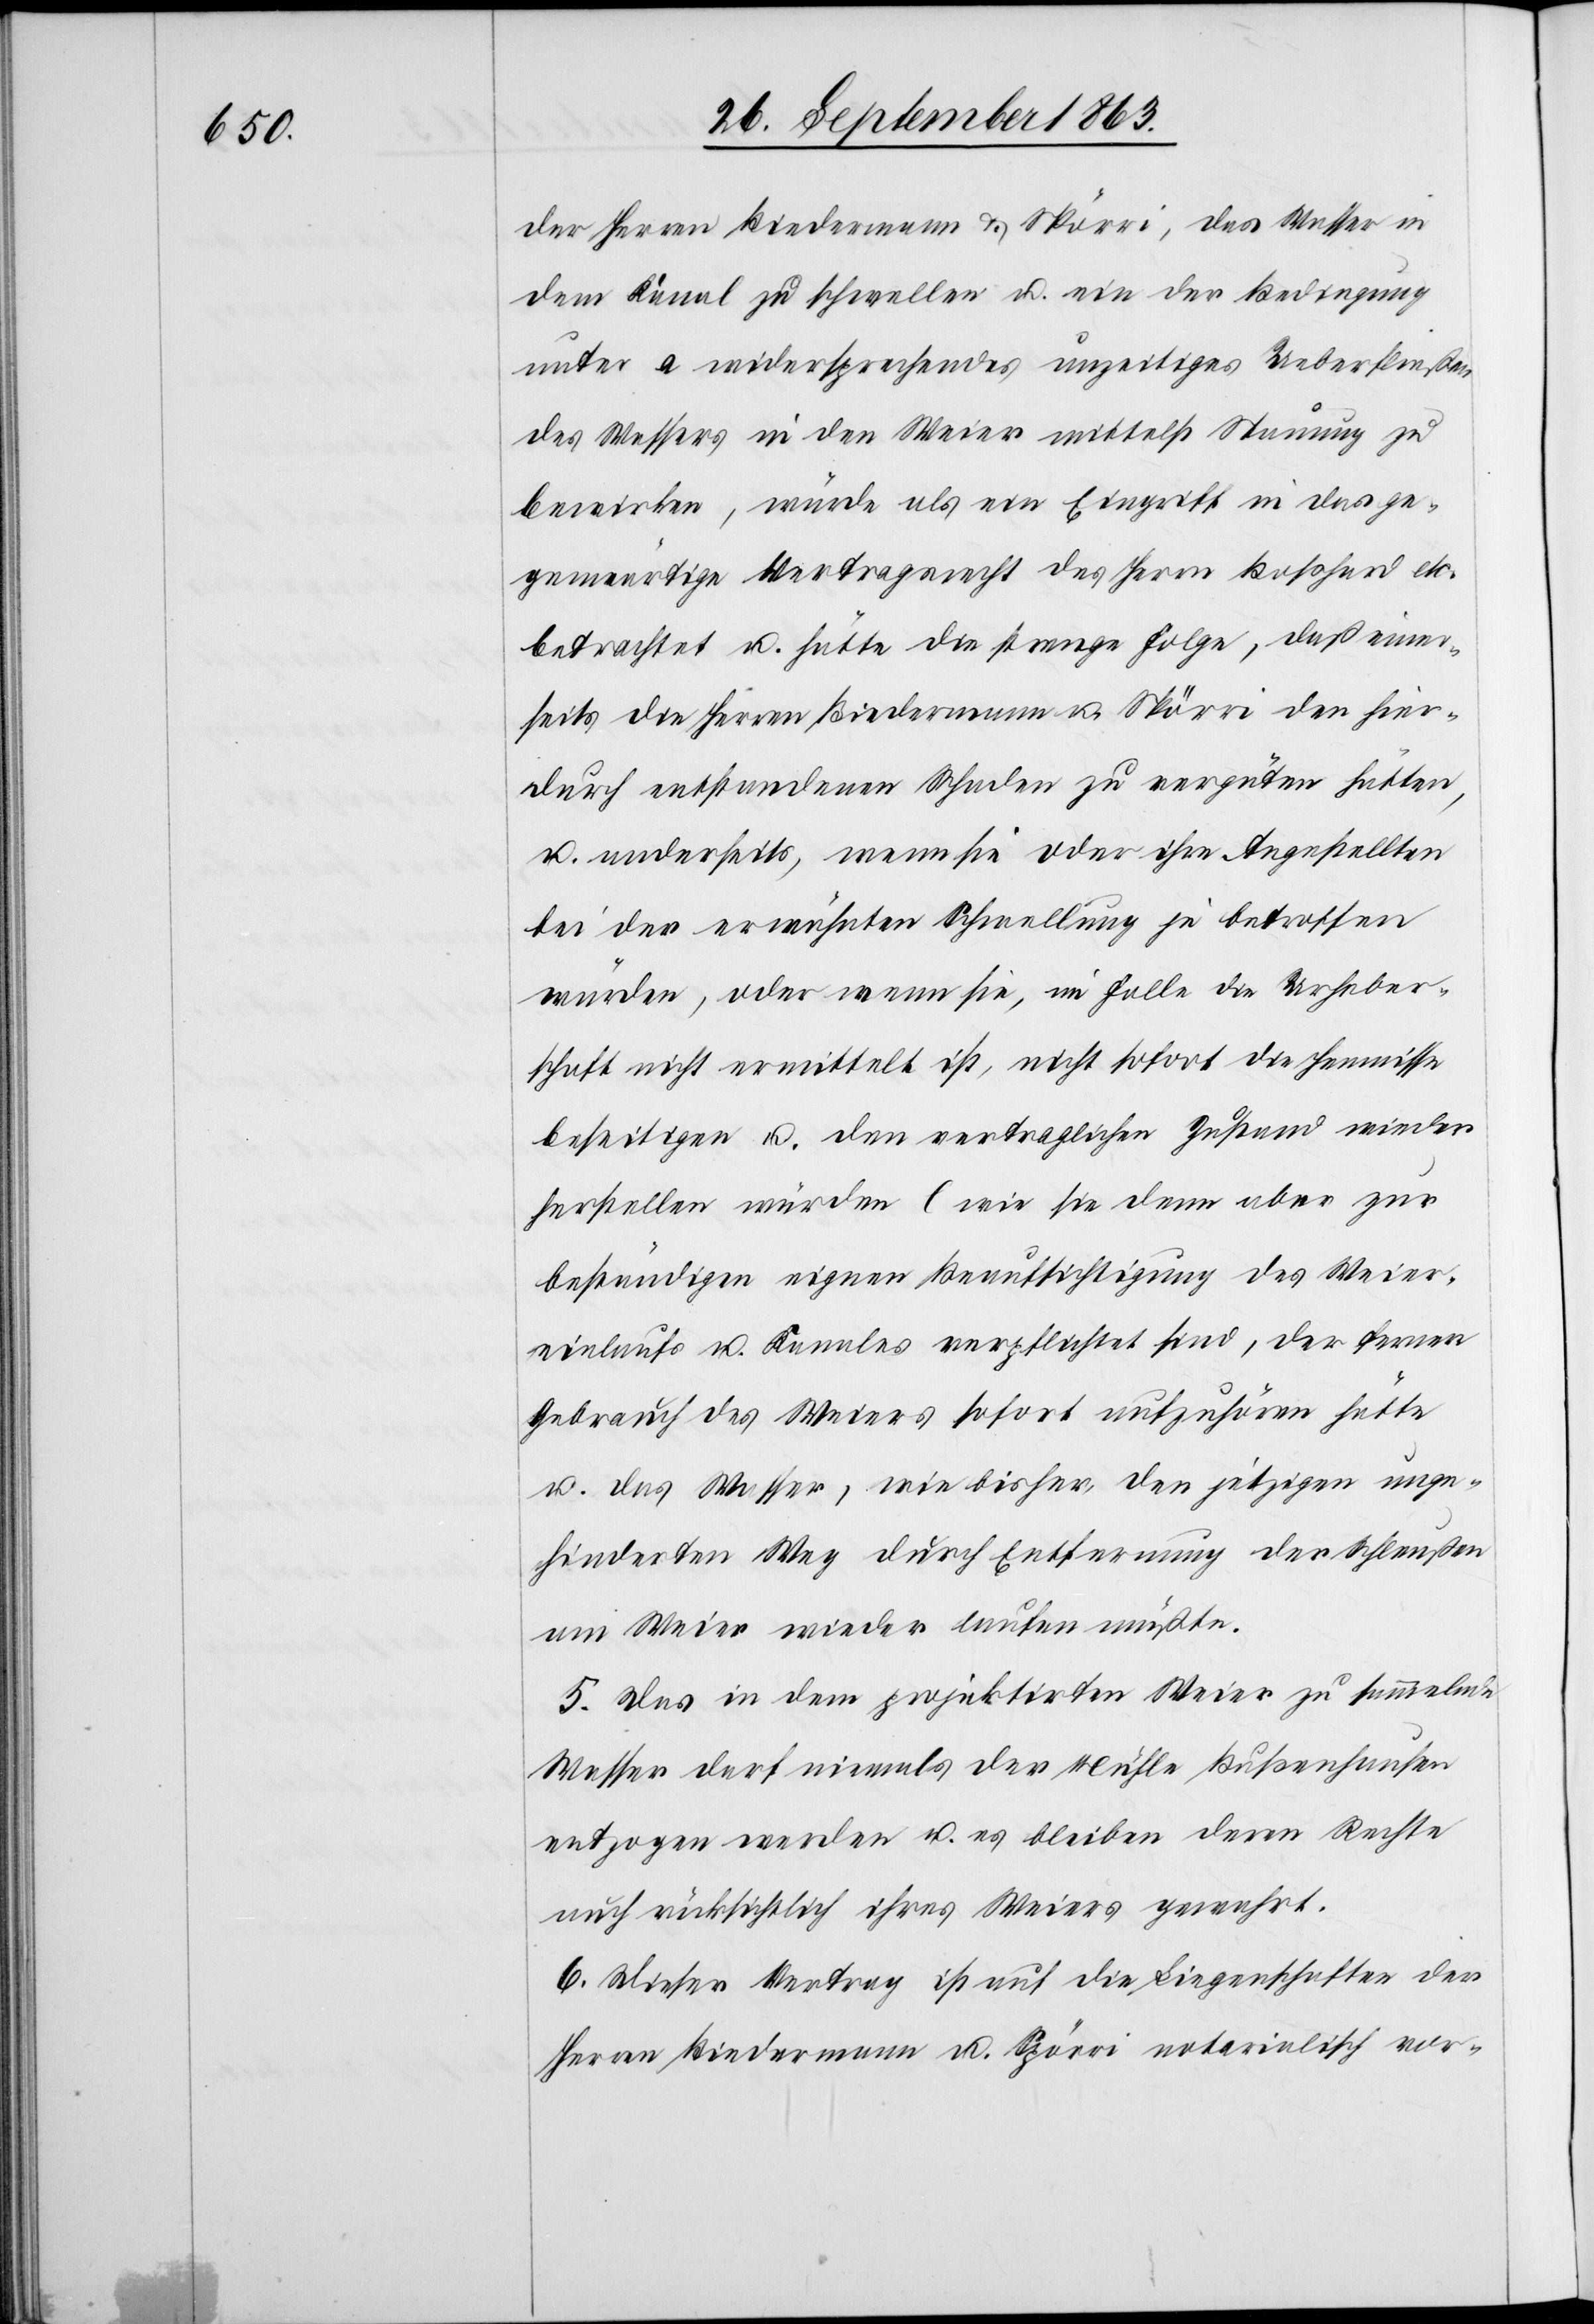
der Herren Biedermann & Spörri, das Wasser in
dem Kanal zu schwellen u. ein der Bedingung
unter a widersprechendes unzeitiges Ueberfließen
des Wassers in den Weier mittelst Stauung zu
bewirken, würde als ein Eingriff in das ge¬
genwärtige Vertragsrecht des Herrn Boßhard etc.
betrachtet u. hätte die strenge Folge, daß einer¬
seits die Herren Biedermann u. Spörri den hier¬
durch entstandenen Schaden zu vergüten hätten,
u. anderseits, wenn sie oder ihre Angestellten
bei der erwähnten Schwellung je betroffen
würden, oder wenn sie, im Falle die Urheber¬
schaft nicht ermittelt ist, nicht sofort die Hemnisse
beseitigen u. den vertraglichen Zustand wieder
herstellen würden (wie sie denn aber zur
beständigen eignen Beaufsichtigung des Weier¬
einlaufs u. Kanals verpflichtet sind[)], der fernere
Gebrauch des Weiers sofort aufzuhören hätte
u. das Wasser, wie bisher, den jetzigen unge¬
hinderten Weg durch Entfernung der Schleußen
am Weier wieder laufen müßte.
5. Das in dem projektirten Weier zu sammelnde
Wasser darf niemals der Mühle Bußenhausen
entzogen werden u. es bleiben deren Rechte
auch rücksichtlich ihres Weiers gewahrt.
6. Dieser Vertrag ist auf die Liegenschaften der
Herren Biedermann u. Spörri notarialisch vor-